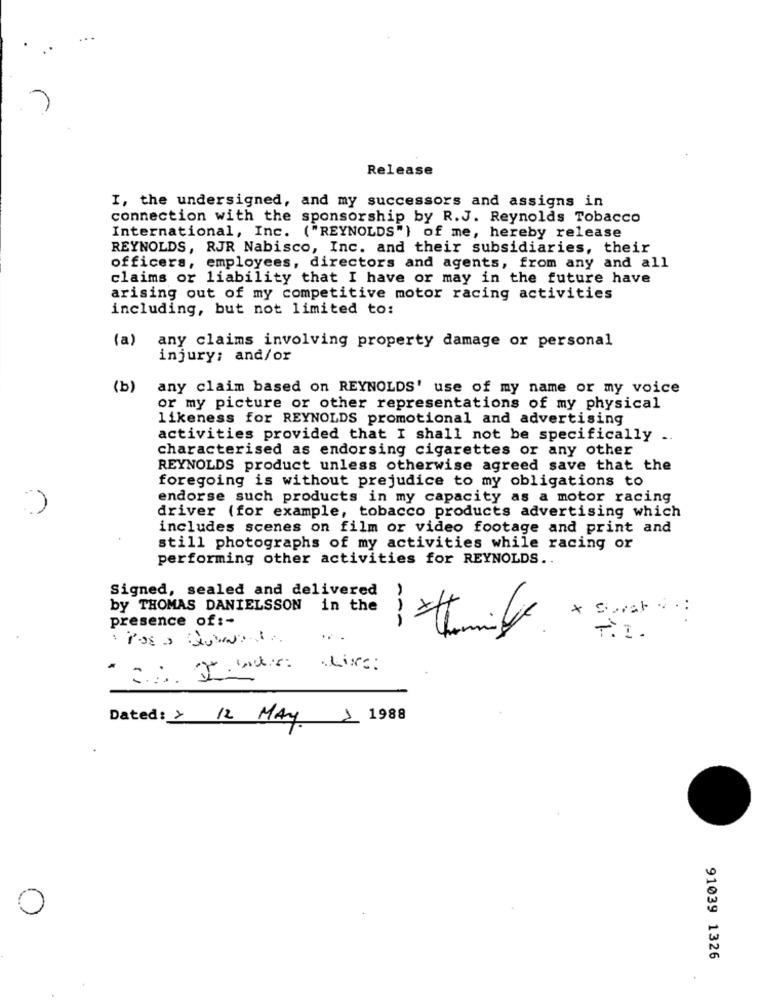
Release
I, the undersigned, and my successors and assigns in
connection with the sponsorship by R.J. Reynolds Tobacco
International, Inc. ("REYNOLDS") of me, hereby release
REYNOLDS, RJR Nabisco, Inc. and their subsidiaries, their
officers, employees, directors and agents, from any and all
claims or liability that I have or may in the future have
arising out of my competitive motor racing activities
including, but not limited to:
(a)
any claims involving property damage or personal
injury; and/or
(b)
any claim based on REYNOLDS' use of my name or my voice
or my picture or other representations of my physical
likeness for REYNOLDS promotional and advertising
activities provided that I shall not be specifically ..
characterised as endorsing cigarettes or any other
REYNOLDS product unless otherwise agreed save that the
foregoing is without prejudice to my obligations to
endorse such products in my capacity as a motor racing
driver (for example, tobacco products advertising which
includes scenes on film or video footage and print and
still photographs of my activities while racing or
performing other activities for REYNOLDS ..
Signed, sealed and delivered
by THOMAS DANIELSSON in the
..
presence of :-
---
T.I.
Dated: × 12 MAY 1988
91039 1326